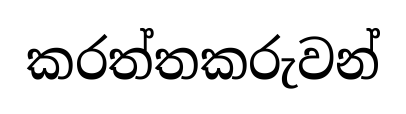
කරත්තකරුවන්